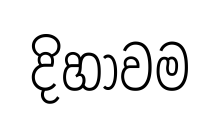
දිහාවම